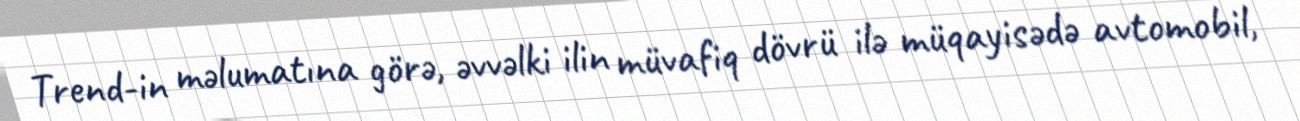
Trend-in məlumatına görə, əvvəlki ilin müvafiq dövrü ilə müqayisədə avtomobil,